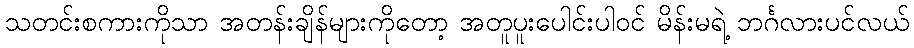
သတင်းစကားကိုသာ အတန်းချိန်များကိုတော့ အတူပူးပေါင်းပါဝင် မိန်းမရဲ့ ဘင်္ဂလားပင်လယ်